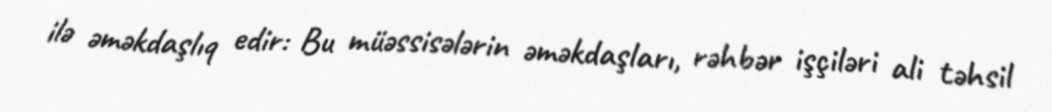
ilə əməkdaşlıq edir: Bu müəssisələrin əməkdaşları, rəhbər işçiləri ali təhsil